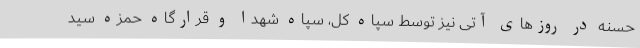
حسنه در روزهای آتی نیز توسط سپاه کل، سپاه شهدا و قرارگاه حمزه سید